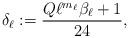
LaTeX: \begin{align*}\delta_{\ell}:=\frac{Q\ell^{m_{\ell}}\beta_{\ell}+1}{24},\end{align*}